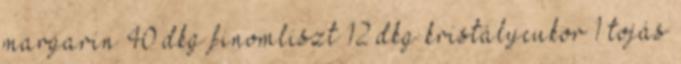
margarin 40 dkg finomliszt 12 dkg kristálycukor 1 tojás